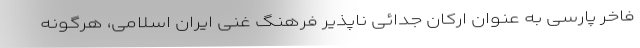
فاخر پارسی به عنوان ارکان جدائی ناپذیر فرهنگ غنی ایران اسلامی، هرگونه